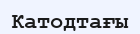
Катодтағы